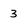
Character: 3